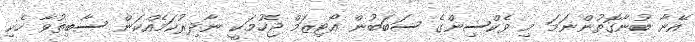
އޭނާ ބުނާގޮތުންނަމަ މި ވެކްސިންގެ ސަބަބުން އޯޓިޒަމް ޖެހުމަކީ ނާދިރުކަމެއްކަން ސާބިތުވާ ހެކި